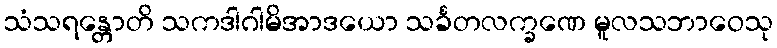
သံသရန္တောတိ သကဒါဂါမိအာဒယော သင်္ခတလက္ခဏေ မူလသဘာဝေသု